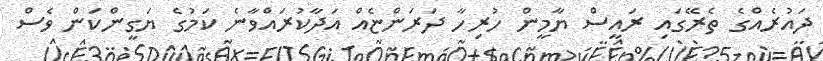
ދައުރެއްގެ ތެރޭގައި ރައީސް ޔާމީން ހުރިހާ ދަރަންޏެއް އަދާކުރައްވާނެ ކަމުގެ ޔަގީންކަން ވެސް